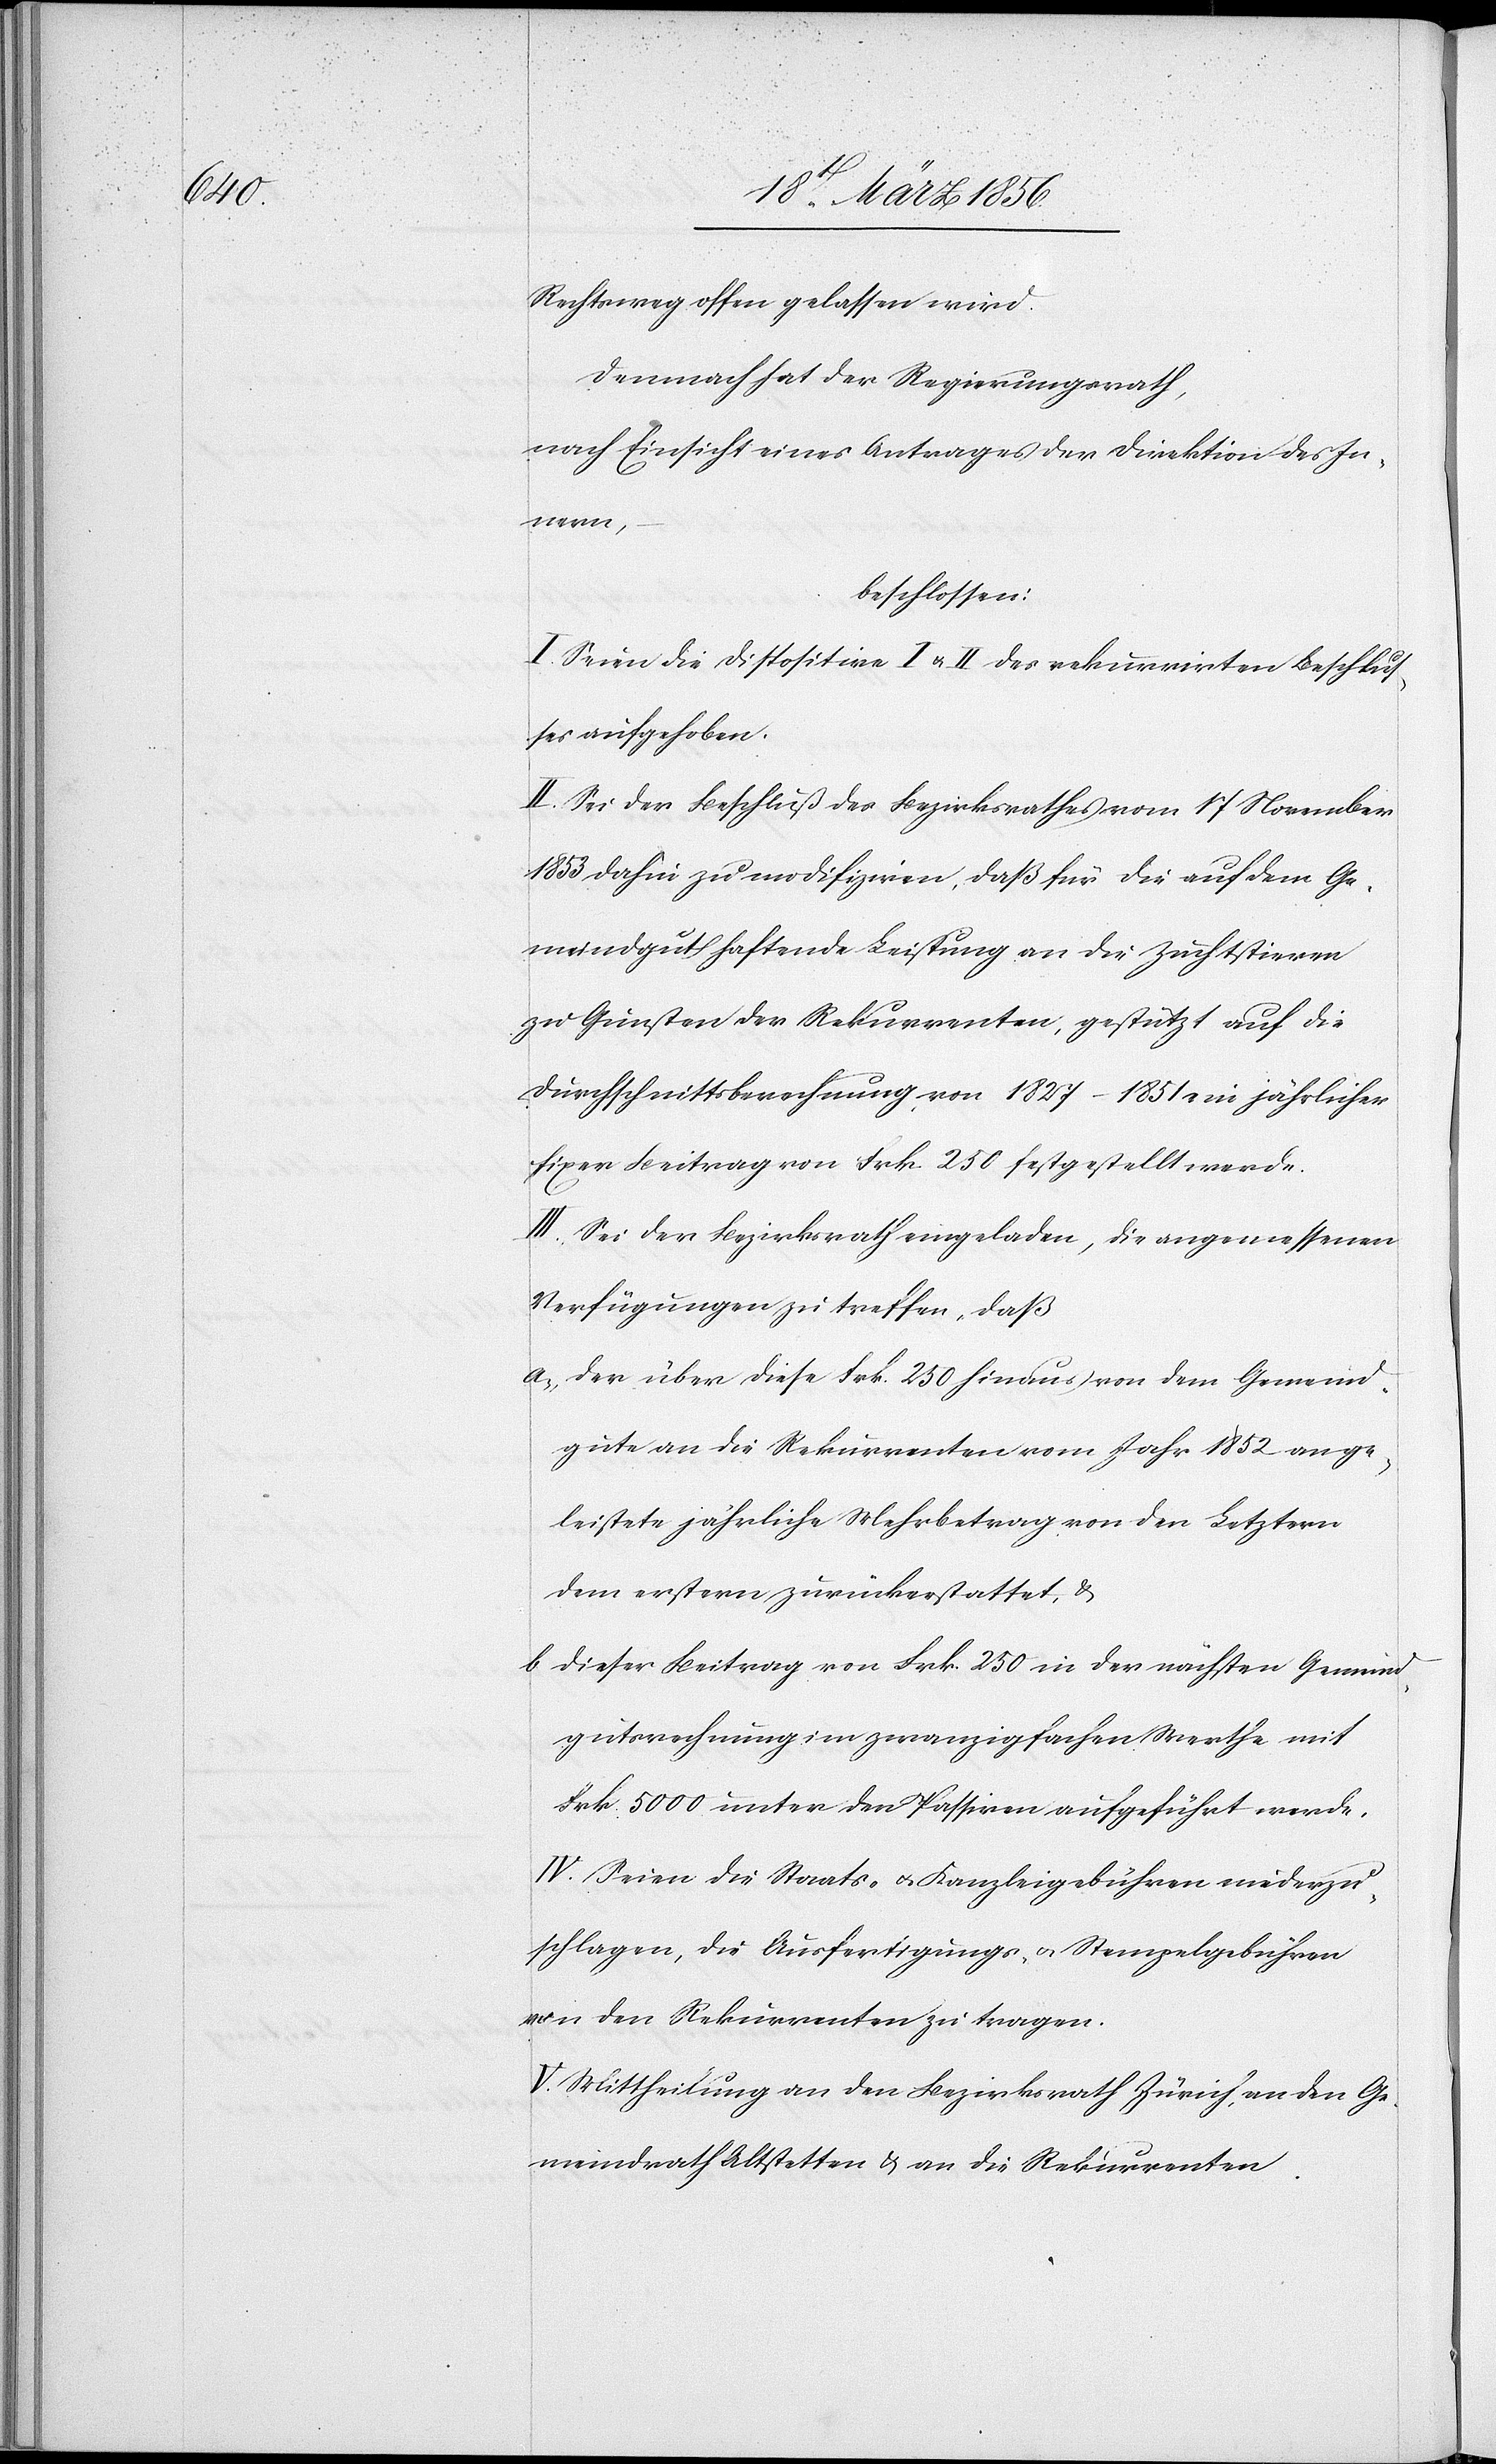
Rechtsweg offen gelassen wird.
Demnach hat der Regierungsrath,
nach Einsicht eines Antrages der Direktion des In¬
nern,
beschlossen:
I. Seien die Dispositive I u. II des rekurrirten Beschlus¬
ses aufgehoben.
II. Sei der Beschluß des Bezirksrathes vom 17 November
1853 dahin zu modifiziren, daß für die auf dem Ge¬
meindgut haftende Leistung an die Zuchtstieren
zu Gunsten der Rekurrenten, gestützt auf die
Durchschnittsberechnung von 1827–1851 ein jährlicher
fixer Beitrag von Frk 250 festgestellt werde.
III. Sei der Bezirksrath eingeladen, die angemessenen
Verfügungen zu treffen, daß
a., der über diese Frk. 250 hinaus von dem Gemeind¬
gute an die Rekurrenten vom Jahr 1852 an ge¬
leistete jährliche Mehrbetrag von den Letztern
dem erstern zurückerstattet, &
b[.,] dieser Beitrag von Frk. 250 in der nächsten Gemeind¬
gutsrechnung im zwanzigfachen Werthe mit
Frk 5000 unter den Passiven aufgeführt werde.
IV. Seien die Staats- u. Kanzleigebühren niederzu¬
schlagen, die Ausfertigungs- u. Stempelgebühren
von den Rekurrenten zu tragen.
V. Mittheilung an den Bezirksrath Zürich, an den Ge¬
meindrath Altstetten & an die Rekurrenten.